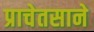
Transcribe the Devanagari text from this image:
प्राचेतसाने